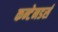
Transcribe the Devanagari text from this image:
कन्टेनडर्स